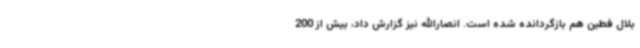
بلال فطین هم بازگردانده شده است. انصارالله نیز گزارش داد، بیش از 200